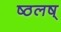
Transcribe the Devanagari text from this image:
ष्ठलष्